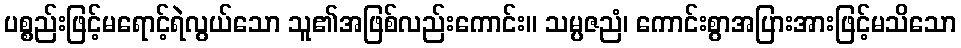
ပစ္စည်းဖြင့်မရောင့်ရဲလွယ်သော သူ၏အဖြစ်လည်းကောင်း။ သမ္ပဇညံ၊ ကောင်းစွာအပြားအားဖြင့်မသိသော